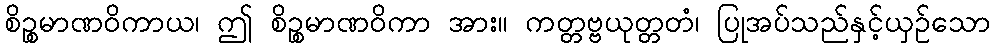
စိဉ္စမာဏဝိကာယ၊ ဤ စိဉ္စမာဏဝိကာ အား။ ကတ္တဗ္ဗယုတ္တတံ၊ ပြုအပ်သည်နှင့်ယှဉ်သော